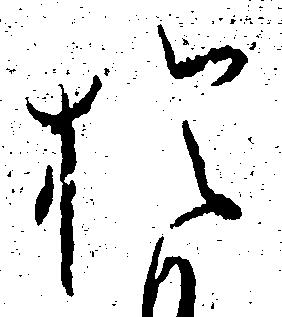
お